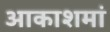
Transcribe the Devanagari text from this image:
आकाशमां